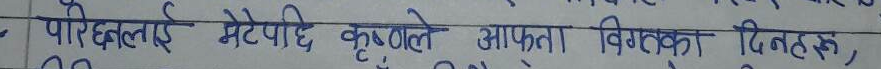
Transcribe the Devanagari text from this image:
परिदलई मेटपरि कृष्णले आपता विगत्का दिनहरू,